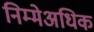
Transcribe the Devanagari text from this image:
निम्मेअधिक